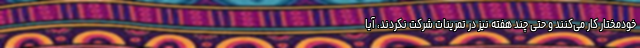
خودمختار کار می‌کنند و حتی چند هفته نیز در تمرینات شرکت نکردند، آیا